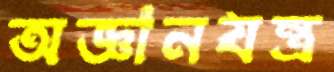
অজ্ঞানযন্ত্র